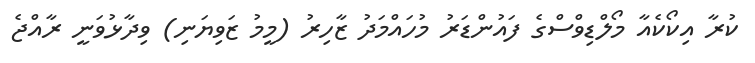
ކުރާ އިކޯކެއާ މޯލްޑިވްސްގެ ފައުންޑަރު މުހައްމަދު ޒާހިރު (މީމު ޒަވިޔަނި) ވިދާޅުވަނީ ރާއްޖެ